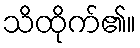
သိထိုက်၏။